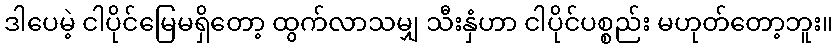
ဒါပေမဲ့ ငါပိုင်မြေမရှိတော့ ထွက်လာသမျှ သီးနှံဟာ ငါပိုင်ပစ္စည်း မဟုတ်တော့ဘူး။